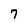
Character: 7